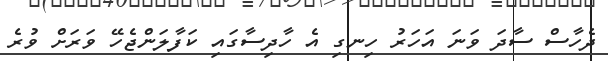
ދެހާސް ސާދަ ވަނަ އަހަރު ހިނގި އެ ހާދިސާގައި ކަފާލަންޖެހޭ ވަރަށް ވުރެ